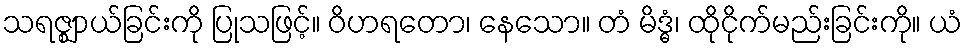
သရဇ္ဈာယ်ခြင်းကို ပြုသဖြင့်။ ဝိဟရတော၊ နေသော။ တံ မိဒ္ဓံ၊ ထိုငိုက်မည်းခြင်းကို။ ယံ